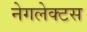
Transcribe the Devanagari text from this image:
नेगलेक्टस